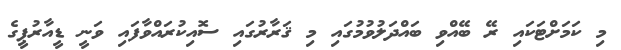
މި ކަމަށްޓަކައި ރޭ ބޭއްވި ބައްދަލުވުމުގައި މި ޤަރާރުގައި ސޮއިކުރައްވާފައި ވަނީ ޑީއާރުޕީގެ